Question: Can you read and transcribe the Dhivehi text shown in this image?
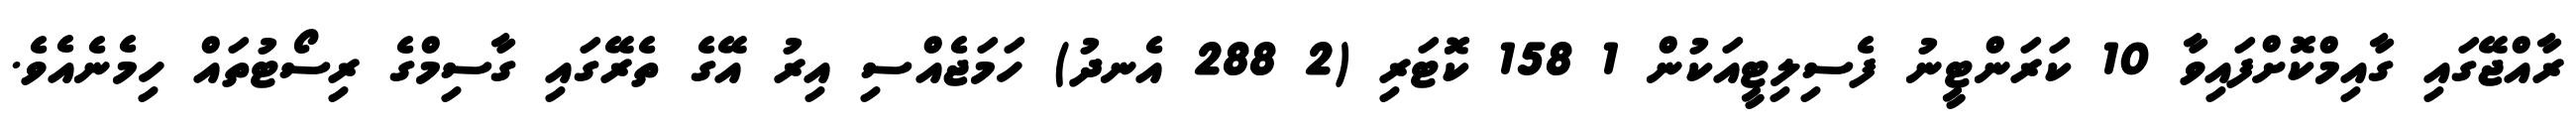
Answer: ރާއްޖޭގައި ގާއިމްކޮށްފައިވާ 10 ކަރަންޓީނު ފެސިލިޓީއަކުން 1 158 ކޮޓަރި (2 288 އެނދު) ހަމަޖެއްސި އިރު އޭގެ ތެރޭގައި ގާސިމްގެ ރިސޯޓުތައް ހިމެނެއެވެ.